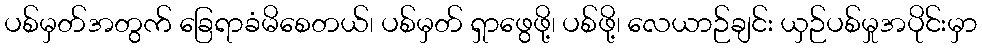
ပစ်မှတ်အတွက် ခြေရာခံမိစေတယ်၊ ပစ်မှတ် ရှာဖွေဖို့၊ ပစ်ဖို့၊ လေယာဉ်ချင်း ယှဉ်ပစ်မှုအပိုင်းမှာ